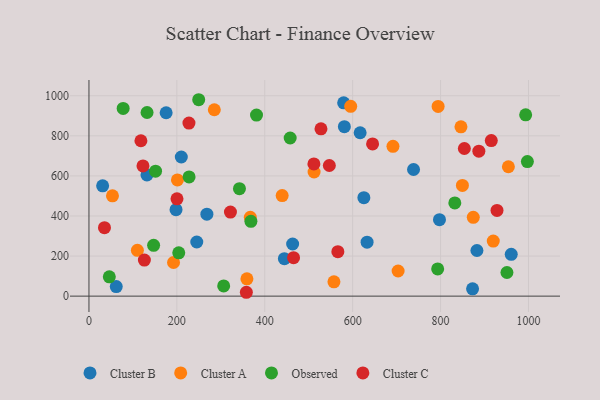
{"axis": {"x": "Experience", "y": "Salary"}, "legend": ["Cluster A", "Cluster B", "Cluster C", "Observed"], "data": [{"x": "175.6", "y": 915.1, "type": "Cluster B"}, {"x": "960.8", "y": 208.7, "type": "Cluster B"}, {"x": "463.4", "y": 260.1, "type": "Cluster B"}, {"x": "132.0", "y": 605.0, "type": "Cluster B"}, {"x": "632.8", "y": 269.1, "type": "Cluster B"}, {"x": "210.1", "y": 694.5, "type": "Cluster B"}, {"x": "62.1", "y": 47.5, "type": "Cluster B"}, {"x": "581.1", "y": 845.7, "type": "Cluster B"}, {"x": "882.7", "y": 227.7, "type": "Cluster B"}, {"x": "625.5", "y": 491.2, "type": "Cluster B"}, {"x": "444.6", "y": 187.1, "type": "Cluster B"}, {"x": "738.5", "y": 632.0, "type": "Cluster B"}, {"x": "872.8", "y": 36.7, "type": "Cluster B"}, {"x": "617.0", "y": 815.4, "type": "Cluster B"}, {"x": "268.3", "y": 409.0, "type": "Cluster B"}, {"x": "797.5", "y": 381.8, "type": "Cluster B"}, {"x": "579.5", "y": 964.9, "type": "Cluster B"}, {"x": "31.1", "y": 550.7, "type": "Cluster B"}, {"x": "198.1", "y": 431.7, "type": "Cluster B"}, {"x": "245.3", "y": 270.1, "type": "Cluster B"}, {"x": "201.3", "y": 580.2, "type": "Cluster A"}, {"x": "919.9", "y": 274.6, "type": "Cluster A"}, {"x": "439.6", "y": 501.9, "type": "Cluster A"}, {"x": "874.4", "y": 393.5, "type": "Cluster A"}, {"x": "595.5", "y": 947.3, "type": "Cluster A"}, {"x": "367.1", "y": 393.5, "type": "Cluster A"}, {"x": "359.4", "y": 86.5, "type": "Cluster A"}, {"x": "846.4", "y": 845.2, "type": "Cluster A"}, {"x": "110.2", "y": 228.8, "type": "Cluster A"}, {"x": "954.3", "y": 645.8, "type": "Cluster A"}, {"x": "192.4", "y": 167.8, "type": "Cluster A"}, {"x": "849.7", "y": 552.4, "type": "Cluster A"}, {"x": "557.4", "y": 71.6, "type": "Cluster A"}, {"x": "512.2", "y": 619.4, "type": "Cluster A"}, {"x": "285.2", "y": 930.2, "type": "Cluster A"}, {"x": "53.5", "y": 500.5, "type": "Cluster A"}, {"x": "794.4", "y": 946.9, "type": "Cluster A"}, {"x": "703.4", "y": 125.4, "type": "Cluster A"}, {"x": "691.7", "y": 747.7, "type": "Cluster A"}, {"x": "227.8", "y": 594.7, "type": "Observed"}, {"x": "993.6", "y": 904.7, "type": "Observed"}, {"x": "306.5", "y": 51.0, "type": "Observed"}, {"x": "77.8", "y": 936.9, "type": "Observed"}, {"x": "832.4", "y": 465.0, "type": "Observed"}, {"x": "132.2", "y": 916.4, "type": "Observed"}, {"x": "204.3", "y": 216.3, "type": "Observed"}, {"x": "368.5", "y": 373.2, "type": "Observed"}, {"x": "342.4", "y": 536.5, "type": "Observed"}, {"x": "151.5", "y": 623.4, "type": "Observed"}, {"x": "997.5", "y": 671.7, "type": "Observed"}, {"x": "381.2", "y": 903.5, "type": "Observed"}, {"x": "457.8", "y": 789.2, "type": "Observed"}, {"x": "249.7", "y": 980.2, "type": "Observed"}, {"x": "793.4", "y": 136.0, "type": "Observed"}, {"x": "46.3", "y": 96.4, "type": "Observed"}, {"x": "951.0", "y": 118.0, "type": "Observed"}, {"x": "147.1", "y": 253.4, "type": "Observed"}, {"x": "887.1", "y": 723.4, "type": "Cluster C"}, {"x": "118.2", "y": 775.4, "type": "Cluster C"}, {"x": "465.5", "y": 192.0, "type": "Cluster C"}, {"x": "126.1", "y": 180.2, "type": "Cluster C"}, {"x": "35.3", "y": 341.6, "type": "Cluster C"}, {"x": "200.3", "y": 485.6, "type": "Cluster C"}, {"x": "358.1", "y": 19.3, "type": "Cluster C"}, {"x": "854.1", "y": 736.8, "type": "Cluster C"}, {"x": "566.3", "y": 222.1, "type": "Cluster C"}, {"x": "122.9", "y": 649.6, "type": "Cluster C"}, {"x": "645.3", "y": 759.7, "type": "Cluster C"}, {"x": "546.9", "y": 651.9, "type": "Cluster C"}, {"x": "527.9", "y": 834.8, "type": "Cluster C"}, {"x": "928.4", "y": 427.7, "type": "Cluster C"}, {"x": "227.5", "y": 863.5, "type": "Cluster C"}, {"x": "915.4", "y": 776.5, "type": "Cluster C"}, {"x": "511.8", "y": 659.9, "type": "Cluster C"}, {"x": "321.9", "y": 419.5, "type": "Cluster C"}]}